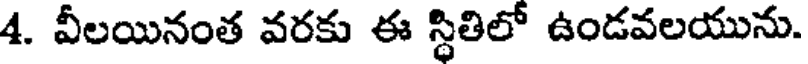
4. వీలయినంత వరకు ఈ స్థితిలో ఉండవలయును.